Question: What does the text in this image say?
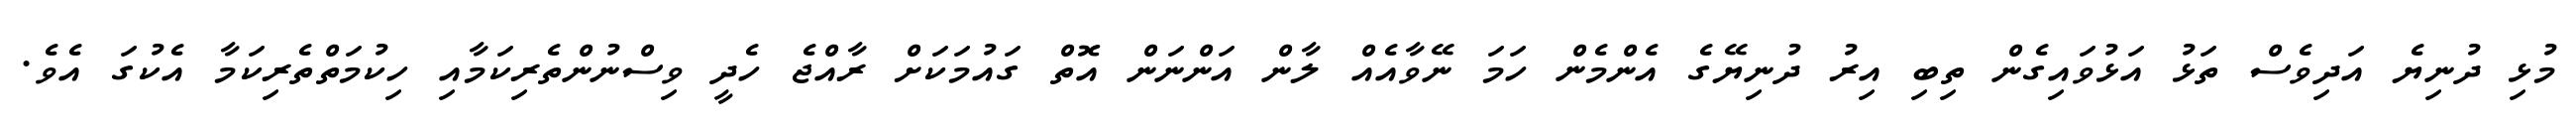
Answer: މުޅި ދުނިޔެ އަދިވެސް ތަޅު އަޅުވައިގެން ތިބި އިރު ދުނިޔޭގެ އެންމެން ހަމަ ނޭވާއެއް ލާން އަންނަން އޮތް ގައުމަކަށް ރާއްޖެ ހެދީ ވިސްނުންތެރިކަމާއި ހިކުމަތްތެރިކަމާ އެކުގަ އެވެ.